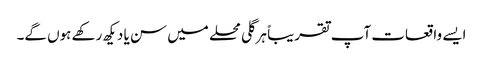
ایسے واقعات آپ تقریباً ہر گلی محلے میں سن یا دیکھ رکھے ہوں گے۔